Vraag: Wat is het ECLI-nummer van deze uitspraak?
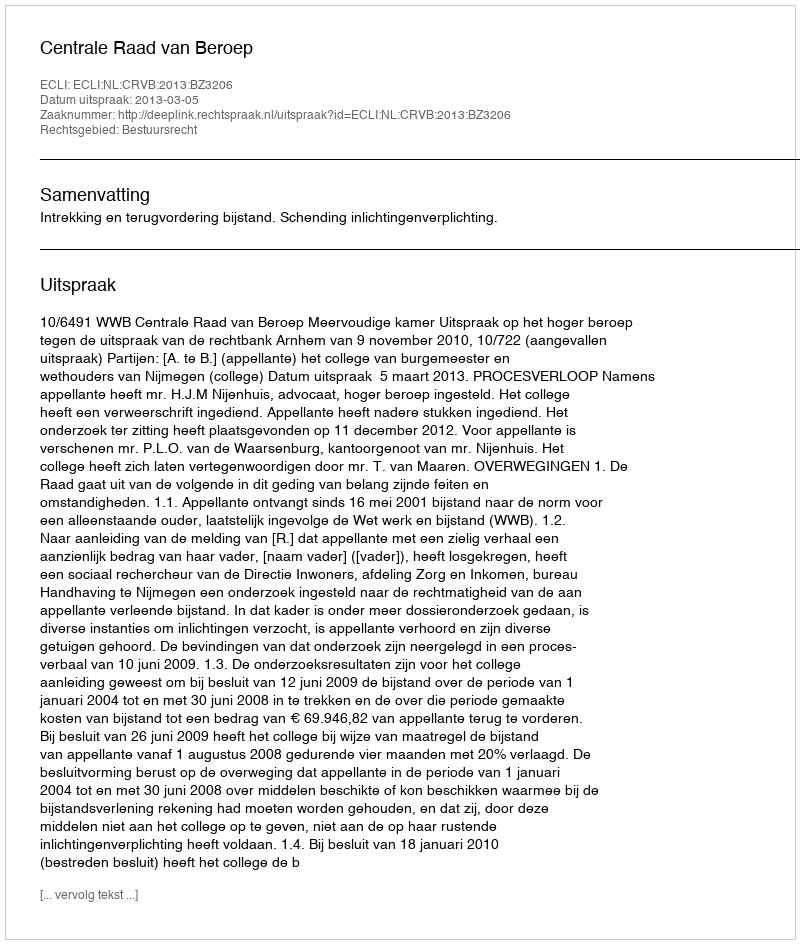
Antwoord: ECLI:NL:CRVB:2013:BZ3206